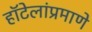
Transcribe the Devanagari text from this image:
हॉटेलांप्रमाणे